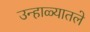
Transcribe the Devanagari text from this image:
उन्हाळ्यातले